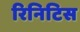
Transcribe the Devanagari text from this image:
रिनिटिस